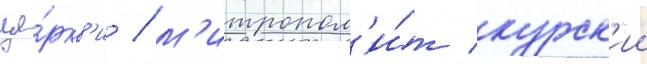
це́ркв'и / м'итропол'и́т курск'ии